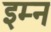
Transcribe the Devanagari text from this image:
इम्न